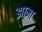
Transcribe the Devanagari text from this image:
झामा